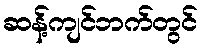
ဆန့်ကျင်ဘက်တွင်